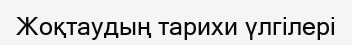
Жоқтаудың тарихи үлгілері